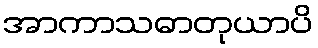
အာကာသဓာတုယာပိ